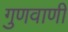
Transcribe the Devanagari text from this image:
गुणवाणी